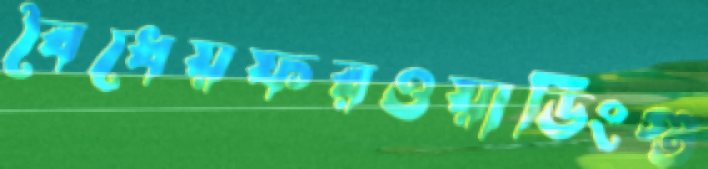
বৈধেয়ফরওয়ার্ডিংগু